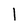
Character: 1